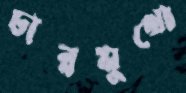
চারমুখো